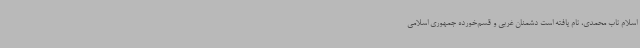
اسلام ناب محمدی، نام یافته است دشمنان غربی و قسم‌خورده جمهوری اسلامی